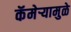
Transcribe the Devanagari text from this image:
कॅमेऱ्यामुळे